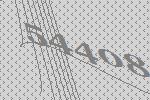
54408